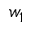
w _ { 1 }